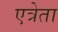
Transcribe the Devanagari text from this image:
एत्रेता